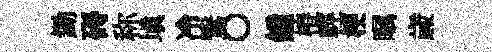
鋤碍称塡冷鷖〇鐘椿輕梗瞩歳